Leaving Certificate Examination, 1909
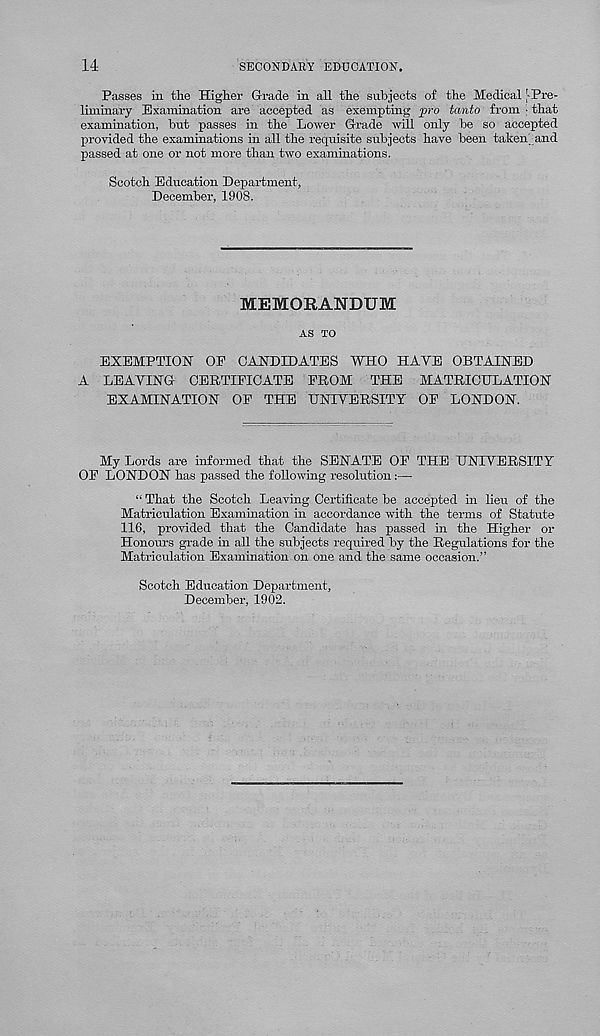
14
SECONDARY EDOCATION.
Passes in the Higher Grade in all the subjects of the Medical [-Pre-
liminary Examination are accepted as exempting pro tanto from ; that
examination, but passes in the Lower Grade will only be so accepted
provided the examinations in all the requisite subjects have been taken[ and
passed at one or not more than two examinations.
Scotch Education Department,
December, 1908.
MEMORANDUM
AS TO
EXEMPTION OP CANDIDATES WHO HAVE OBTAINED
A LEAVING CERTIFICATE PROM THE MATRICULATION
EXAMINATION OP THE UNIVERSITY OP LONDON.
My Lords are informed that the SENATE OP THE UNIVERSITY
OP LONDON has passed the following resolution:—
“ That the Scotch Leaving Certificate be accepted in lieu of the
Matriculation Examination in accordance with the terms of Statute
116, provided that the Candidate has passed in the Higher or
Honours grade in all the subjects required by the Regulations for the
Matriculation Examination on one and the same occasion.”
Scotch Education Department,
December, 1902.